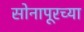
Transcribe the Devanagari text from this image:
सोनापूरच्या